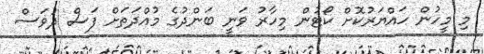
މި މީހުން ހައްޔަރުކޮށް ކޯޓުން މިހާރު ވަނީ ބަންދުގެ މުއްދަތަށް ފަސް ދުވަސް